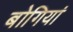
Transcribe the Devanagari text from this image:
बोगियां